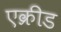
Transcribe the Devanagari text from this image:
एक्रीड